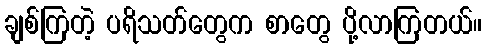
ချစ်ကြတဲ့ ပရိသတ်တွေက စာတွေ ပို့လာကြတယ်။